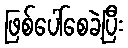
ဖြစ်ပေါ်စေခဲ့ပြီး